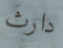
دارث